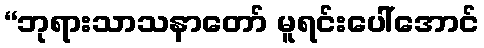
“ဘုရားသာသနာတော် မူရင်းပေါ်အောင်